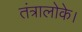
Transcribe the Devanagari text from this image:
तंत्रालोके।